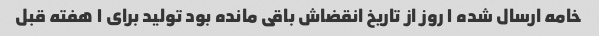
خامه ارسال شده ۱ روز از تاریخ انقضاش باقی مانده بود تولید برای ۱ هفته قبل